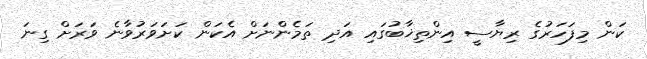
ކަން މިފަހަރުގެ ރިޔާސީ އިންތިޚާބުގައި އަދި ތަމެންނަށް އެކަން ކަށަވަރުވާނެ ވަރަށް ގިނަ